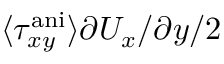
\langle \tau _ { x y } ^ { \mathrm { a n i } } \rangle \partial U _ { x } / \partial y / 2